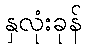
နှလုံးခုန်